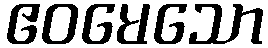
ဧဝမေသော